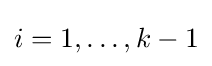
i=1,\ldots ,k-1